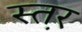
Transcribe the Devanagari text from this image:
स्त़र